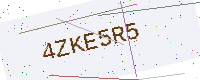
Text: 4ZKE5R5